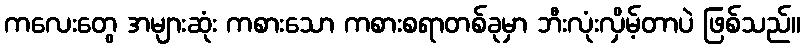
ကလေးတွေ အများဆုံး ကစားသော ကစားစရာတစ်ခုမှာ ဘီးလုံးလှိမ့်တာပဲ ဖြစ်သည်။